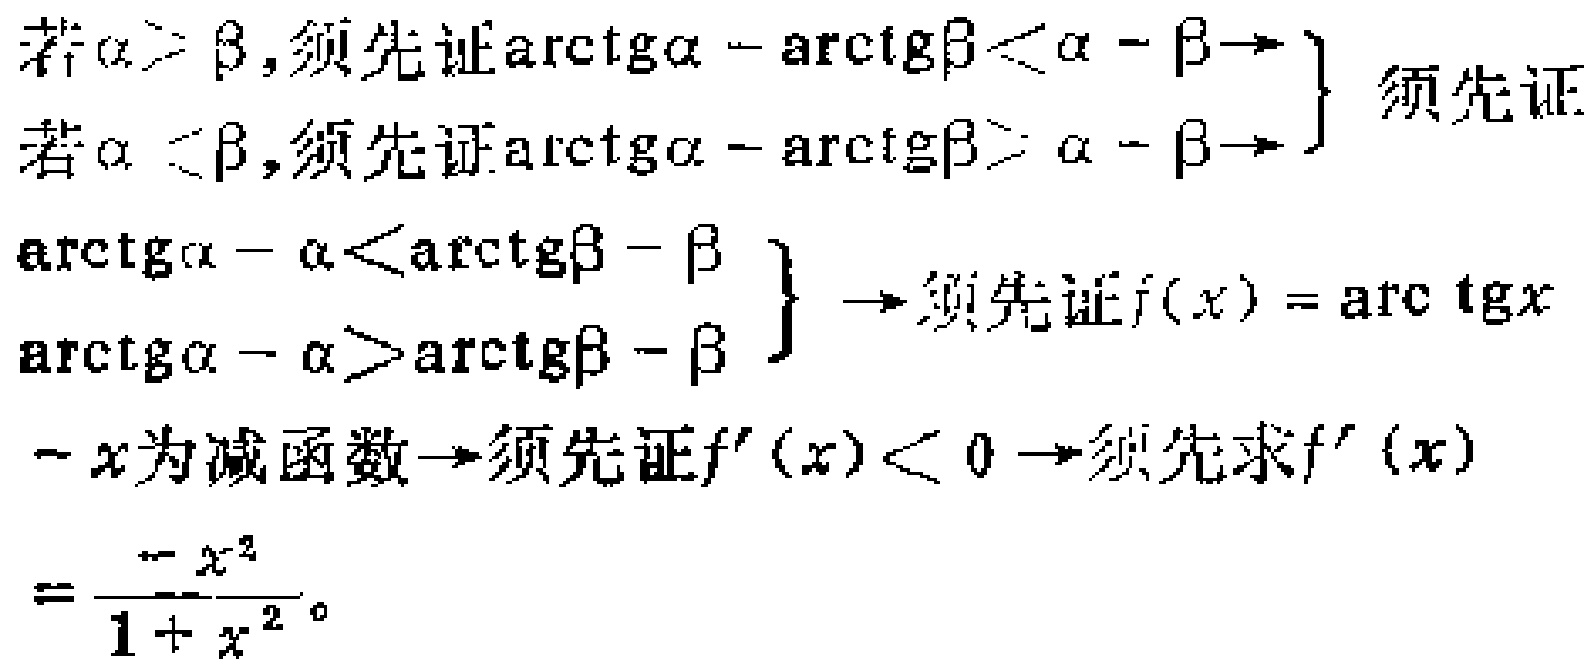
若\(\alpha > \beta\)，须先证\(\arctan\alpha - \arctan\beta < \alpha - \beta\to\)

若\(\alpha < \beta\)，须先证\(\arctan\alpha - \arctan\beta > \alpha - \beta\to\)

\(\left.\begin{array}{l}

\arctan\alpha - \alpha < \arctan\beta - \beta\\

\arctan\alpha - \alpha > \arctan\beta - \beta

\end{array}\right\}\to\)须先证\(f(x)=\arctan x\)

\(-x\)为减函数\(\to\)须先证\(f'(x) < 0\to\)须先求\(f'(x)\)

\(=\frac{-x^{2}}{1 + x^{2}}\)。